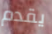
يقدم